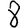
Digit: 8